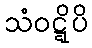
သံဝဋ္ဋိပိ